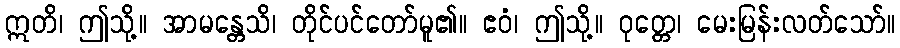
ဣတိ၊ ဤသို့။ အာမန္တေသိ၊ တိုင်ပင်တော်မူ၏။ ဧဝံ၊ ဤသို့။ ဝုတ္တေ၊ မေးမြန်းလတ်သော်။